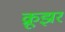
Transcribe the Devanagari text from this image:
क्रूझर